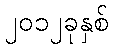
၂၀၁၂ခုနှစ်